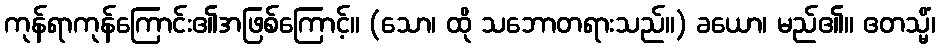
ကုန်ရာကုန်ကြောင်း၏အဖြစ်ကြောင့်။ (သော၊ ထို သဘောတရားသည်။) ခယော၊ မည်၏။ ဧတသ္မိံ၊